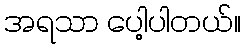
အရသာ ပေါ့ပါတယ်။